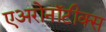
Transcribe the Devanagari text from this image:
एअरोनॉटीक्स